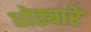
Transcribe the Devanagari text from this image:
धोड्यारे